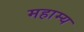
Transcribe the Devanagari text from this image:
महाम्य